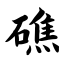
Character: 礁